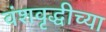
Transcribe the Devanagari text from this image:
वंशवृद्धीच्या